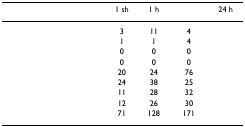
<table><thead><tr><td>[EMPTY_CELL]</td><td><b>1 sh</b></td><td><b>1 h</b></td><td>[EMPTY_CELL]</td><td><b>24 h</b></td></tr></thead><tbody><tr><td>[EMPTY_CELL]</td><td>3</td><td>11</td><td>4</td><td>[EMPTY_CELL]</td></tr><tr><td>[EMPTY_CELL]</td><td>1</td><td>1</td><td>4</td><td>[EMPTY_CELL]</td></tr><tr><td>[EMPTY_CELL]</td><td>0</td><td>0</td><td>0</td><td>[EMPTY_CELL]</td></tr><tr><td>[EMPTY_CELL]</td><td>0</td><td>0</td><td>0</td><td>[EMPTY_CELL]</td></tr><tr><td>[EMPTY_CELL]</td><td>20</td><td>24</td><td>76</td><td>[EMPTY_CELL]</td></tr><tr><td>[EMPTY_CELL]</td><td>24</td><td>38</td><td>25</td><td>[EMPTY_CELL]</td></tr><tr><td>[EMPTY_CELL]</td><td>11</td><td>28</td><td>32</td><td>[EMPTY_CELL]</td></tr><tr><td>[EMPTY_CELL]</td><td>12</td><td>26</td><td>30</td><td>[EMPTY_CELL]</td></tr><tr><td>[EMPTY_CELL]</td><td>71</td><td>128</td><td>171</td><td>[EMPTY_CELL]</td></tr></tbody></table>